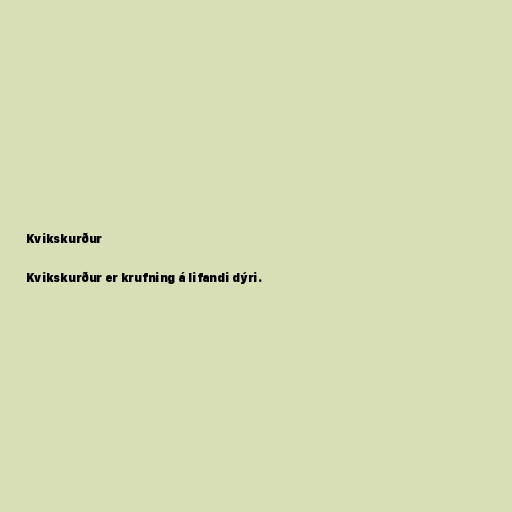
Kvikskurður

Kvikskurður er krufning á lifandi dýri.